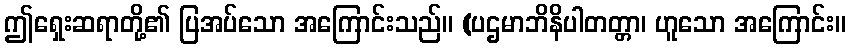
ဤရှေးဆရာတို့၏ ပြအပ်သော အကြောင်းသည်။ (ပဌမာဘိနိပါတတ္တာ၊ ဟူသော အကြောင်း။